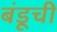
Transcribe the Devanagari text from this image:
बंडूची